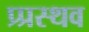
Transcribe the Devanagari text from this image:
प्र्प्रस्थव